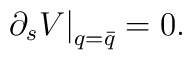
\left. \partial_s V \right|_{q = \bar{q}} = 0 .